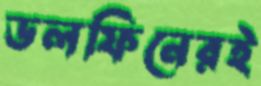
ডলফিনেরই